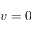
v = 0